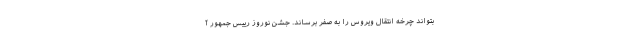
بتواند چرخه انتقال ویروس را به صفر برساند. جشن نوروز رییس جمهور آ